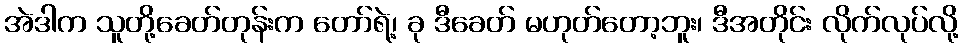
အဲဒါက သူတို့ခေတ်တုန်းက တော်ရဲ့၊ ခု ဒီခေတ် မဟုတ်တော့ဘူး၊ ဒီအတိုင်း လိုက်လုပ်လို့